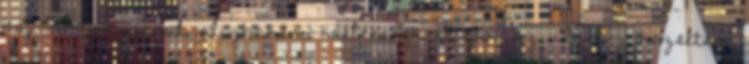
hajóval magyarul alighanem kieler-nek hívják az ilyet , kezeltem